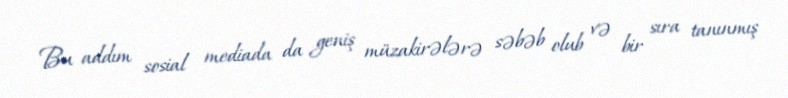
Bu addım sosial mediada da geniş müzakirələrə səbəb olub və bir sıra tanınmış